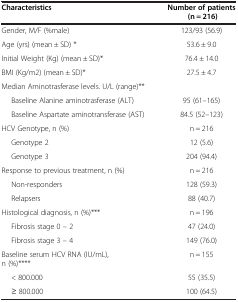
<table><thead><tr><td><b>Characteristics</b></td><td><b>Number of patients (n = 216)</b></td></tr></thead><tbody><tr><td>Gender, M/F (%male)</td><td>123/93 (56.9)</td></tr><tr><td>Age (yrs) (mean ± SD) *</td><td>53.6 ± 9.0</td></tr><tr><td>Initial Weight (Kg) (mean ± SD)*</td><td>76.4 ± 14.0</td></tr><tr><td>BMI (Kg/m2) (mean ± SD)*</td><td>27.5 ± 4.7</td></tr><tr><td>Median Aminotrasferase levels. U/L (range)**</td><td> </td></tr><tr><td>Baseline Alanine aminotrasferase (ALT)</td><td>95 (61–165)</td></tr><tr><td>Baseline Aspartate aminotransferase (AST)</td><td>84.5 (52–123)</td></tr><tr><td>HCV Genotype, n (%)</td><td>n = 216</td></tr><tr><td>Genotype 2</td><td>12 (5.6)</td></tr><tr><td>Genotype 3</td><td>204 (94.4)</td></tr><tr><td>Response to previous treatment, n (%)</td><td>n = 216</td></tr><tr><td>Non-responders</td><td>128 (59.3)</td></tr><tr><td>Relapsers</td><td>88 (40.7)</td></tr><tr><td>Histological diagnosis, n (%)***</td><td>n = 196</td></tr><tr><td>Fibrosis stage 0 – 2</td><td>47 (24.0)</td></tr><tr><td>Fibrosis stage 3 – 4</td><td>149 (76.0)</td></tr><tr><td>Baseline serum HCV RNA (IU/mL), n (%)****</td><td>n = 155</td></tr><tr><td>&lt; 800.000</td><td>55 (35.5)</td></tr><tr><td>≥ 800.000</td><td>100 (64.5)</td></tr></tbody></table>